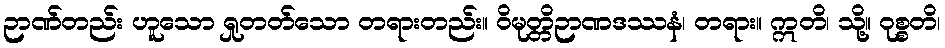
ဉာဏ်တည်း ဟူသော ရှုတတ်သော တရားတည်း။ ဝိမုတ္တိဉာဏဒဿနံ၊ တရား။ ဣတိ၊ သို့။ ဝုစ္စတိ၊